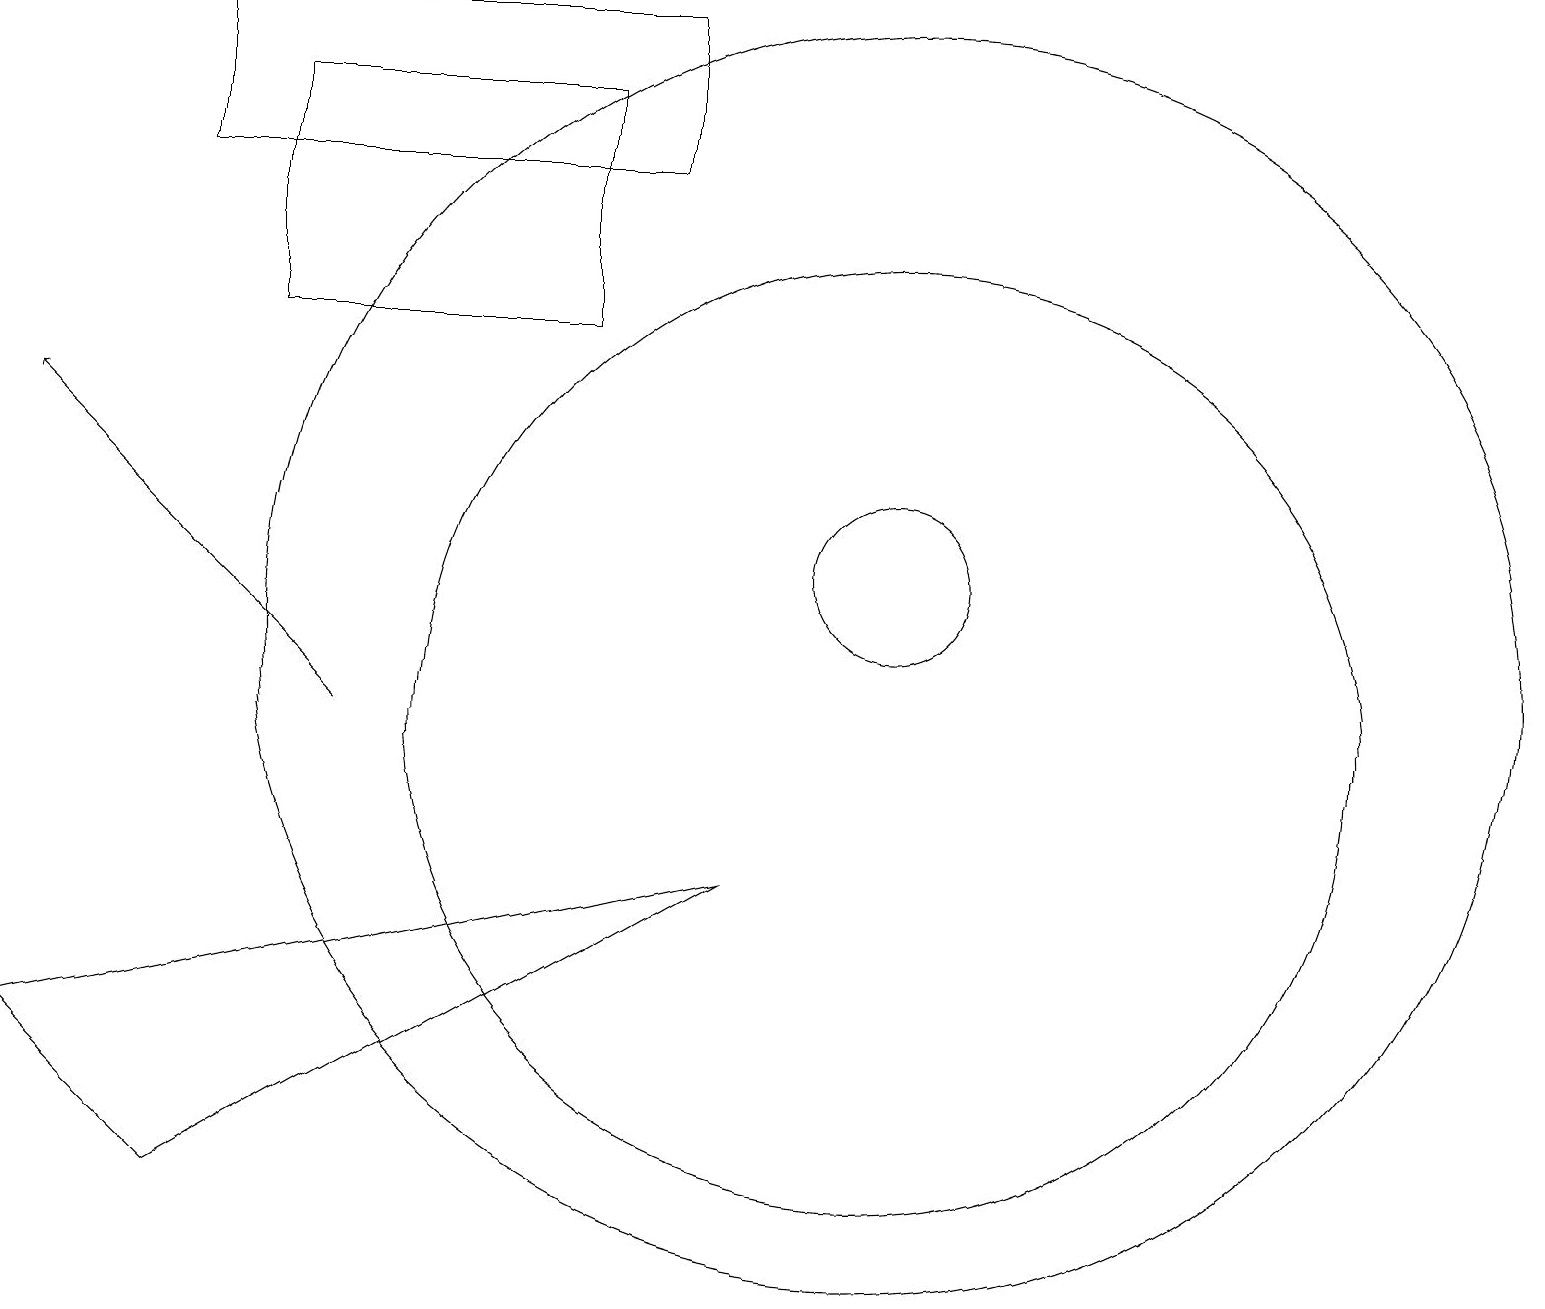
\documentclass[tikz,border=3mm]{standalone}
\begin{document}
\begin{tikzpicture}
\draw (0,6) -- (9,8) -- (2,4) -- cycle;
\draw (11,11) circle (8);
\draw (2,17) rectangle (8,19);
\draw (11,10) circle (6);
\draw (11,12) circle (1);
\draw (10,10) circle (0);
\draw (3,15) rectangle (7,18);
\draw[->] (4,10) -- (0,14);
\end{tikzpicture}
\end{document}